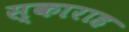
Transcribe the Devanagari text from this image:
स्काराह